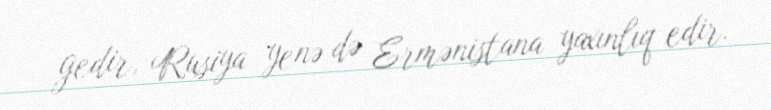
gedir, Rusiya yenə də Ermənistana yaxınlıq edir.